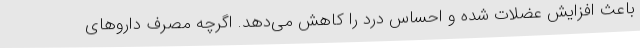
باعث افزایش عضلات شده و احساس درد را کاهش می‌دهد. اگرچه مصرف داروهای